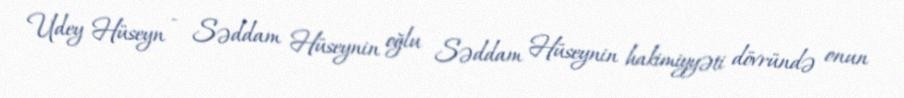
Udey Hüseyn - Səddam Hüseynin oğlu Səddam Hüseynin hakimiyyəti dövründə onun